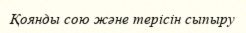
Қоянды сою және терісін сыпыру